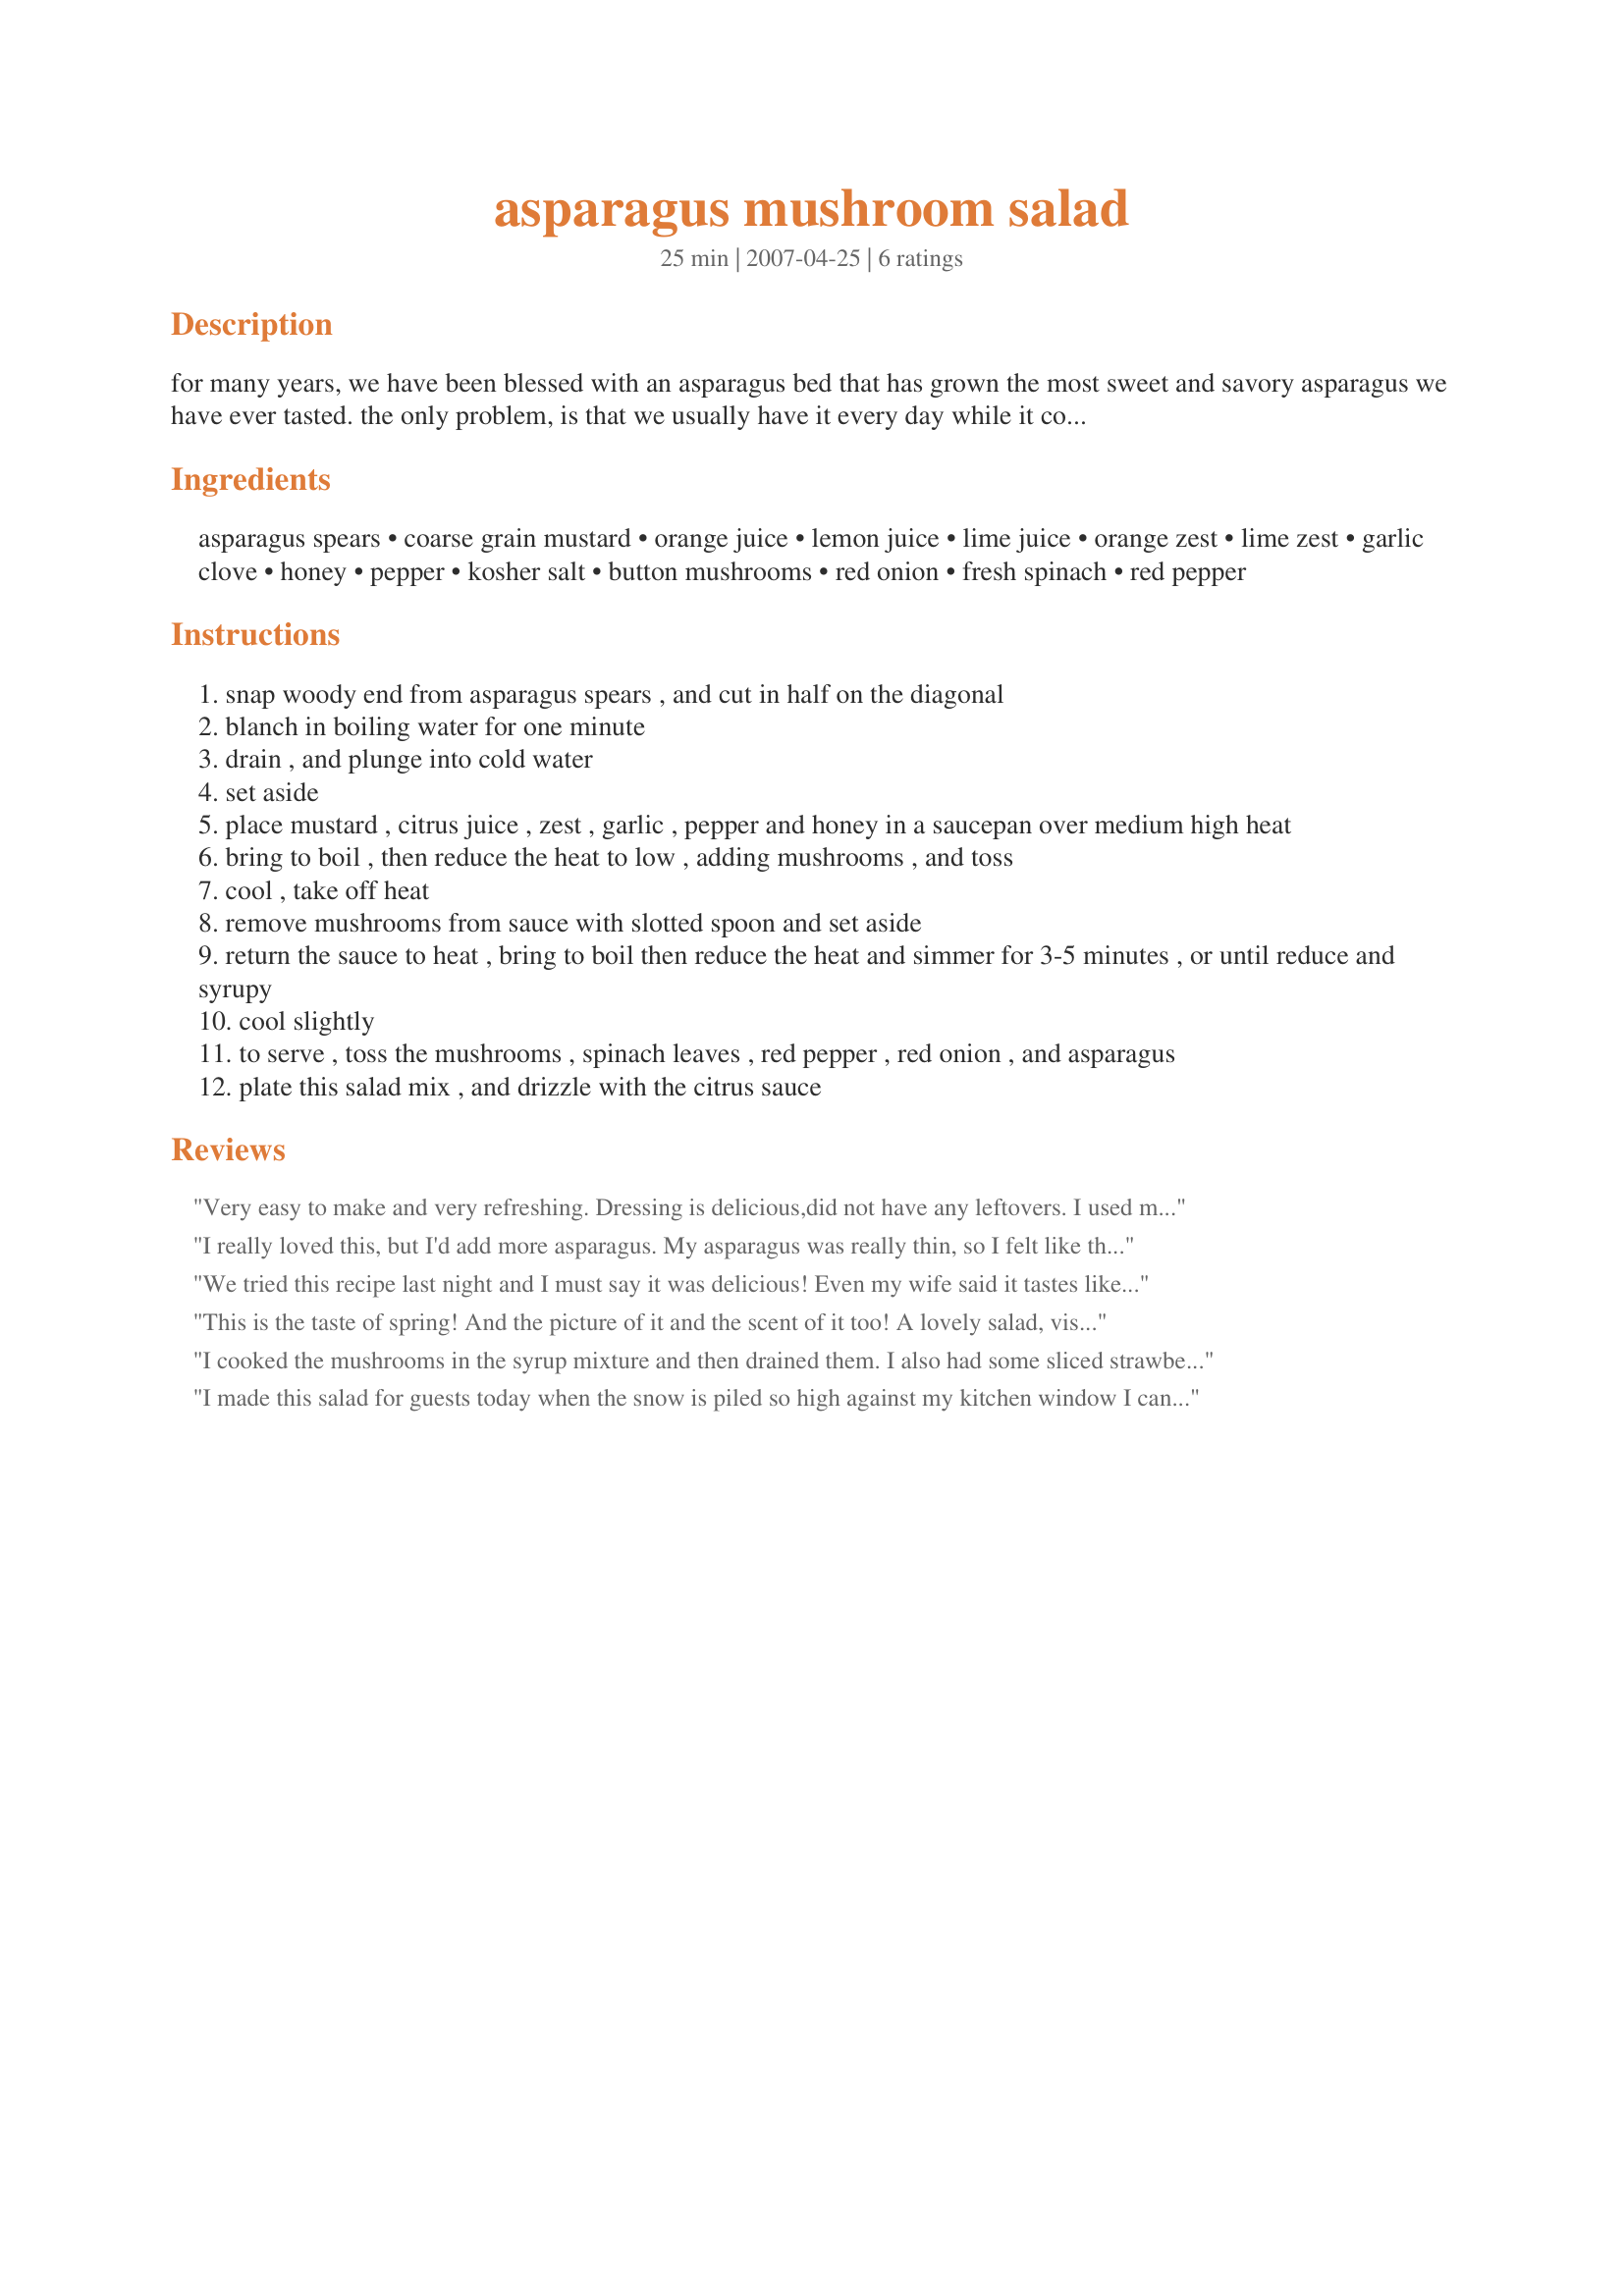
asparagus mushroom salad
Preparation time: 25 minutes

for many years, we have been blessed with an asparagus bed that has grown the most sweet and savory asparagus we have ever tasted. the only problem, is that we usually have it every day while it continues to grow and prosper. i use this salad on a warmish night, when all you can smell is the freshness of spring.

Ingredients:
asparagus spears, coarse grain mustard, orange juice, lemon juice, lime juice, orange zest, lime zest, garlic clove, honey, pepper, kosher salt, button mushrooms, red onion, fresh spinach, red pepper

Steps:
snap woody end from asparagus spears , and cut in half on the diagonal
blanch in boiling water for one minute
drain , and plunge into cold water
set aside
place mustard , citrus juice , zest , garlic , pepper and honey in a saucepan over medium high heat
bring to boil , then reduce the heat to low , adding mushrooms , and toss
cool , take off heat
remove mushrooms from sauce with slotted spoon and set aside
return the sauce to heat , bring to boil then reduce the heat and simmer for 3-5 minutes , or until reduce and syrupy
cool slightly
to serve , toss the mushrooms , spinach leaves , red pepper , red onion , and asparagus
plate this salad mix , and drizzle with the citrus sauce

Reviews:
Very easy to make and very refreshing. Dressing is delicious,did not have any leftovers. I used marinated button mushrooms and shallots .Thank you.
I really loved this, but I'd add more asparagus. My asparagus was really thin, so I felt like there wasn't enought for this salad. Loved the mushrooms after placing in the dressing....they are great! All these ingredients combined to create a wonderful taste!! Thanks for sharing.
We tried this recipe last night and I must say it was delicious! Even my wife said it tastes like something we would get from a fine resataurant.

Thank you so much for sharing.

Dan & Lucy, Ca.
This is the taste of spring! And the picture of it and the scent of it too! A lovely salad, visually appealing. Four clean plates, Andi! Thanks.
I cooked the mushrooms in the syrup mixture and then drained them. I also had some sliced strawberries and walnuts to use up, so i added them to the salad. Thanks for the recipe.
I made this salad for guests today when the snow is piled so high against my kitchen window I can't see out into my yard. We all loved this taste of spring! The dressing is especially bright and fresh...hard to believe there is no oil in something that tastes so good...and the combination of colours on the plate is a joy.
